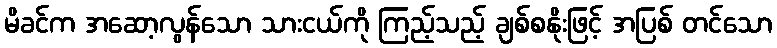
မိခင်က အဆော့လွန်သော သားငယ်ကို ကြည့်သည့် ချစ်စနိုးဖြင့် အပြစ် တင်သော